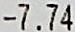
-7.74